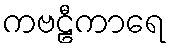
ကဗဠီကာရေ